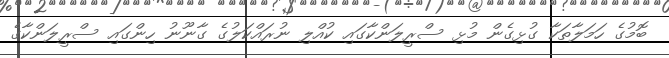
ބޮމުގެ ހަމަލާތަކާ ގުޅިގެން މުޅި ސްރީލަންކާގައި ކުއްލި ނުރައްކަލުގެ ގާނޫނު ހިންގައި ސްރީލަންކާގެ